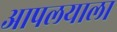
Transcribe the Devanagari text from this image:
आपलयाला